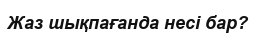
Жаз шықпағанда несі бар?